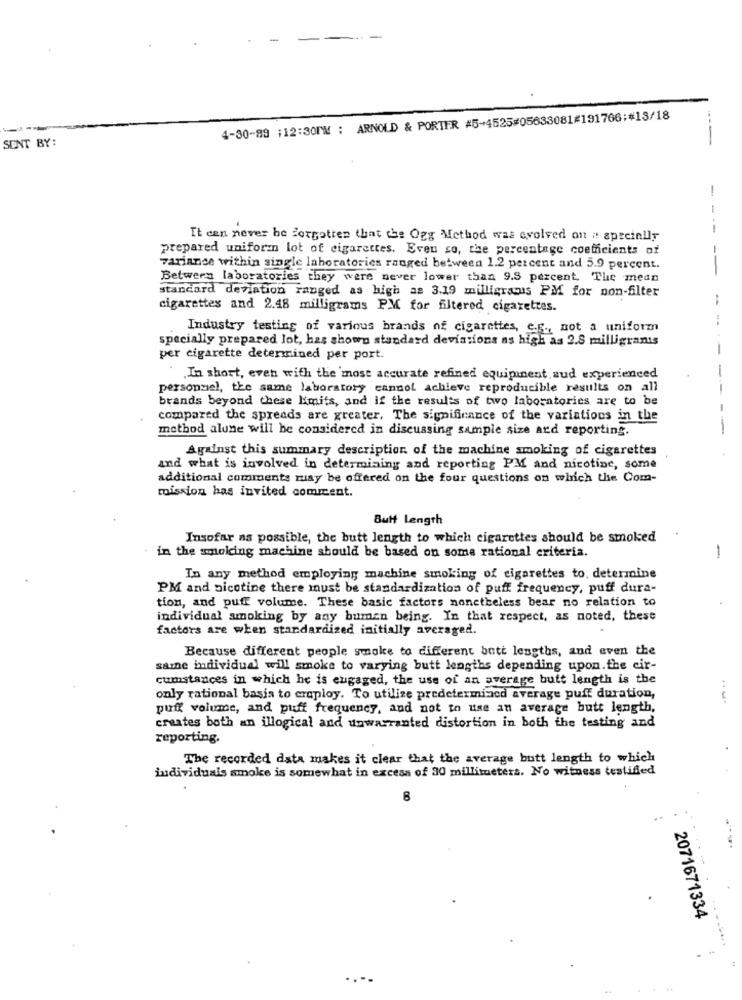
-
4-30-89 :12:30PM : ARNOLD & PORTER #5-4525#05633081#191766;#13/18
---
SENT BY:
--
It can never be forgotten that the Ogg Method was evolved on " specinily
prepared uniformn lot of cigarettes. Even so, the percentage coefficients of
-
variance within single laboratories ranged between 1.2 percent and 5.9 percent.
Between laboratories they were never lower than 9.8 percent. The mean
standard deviation ranged as high as 3.19 milligrams PM for non-filter
cigarettes and 2.48 milligrams PM for filtered cigarettes.
Industry testing of various brands of cigarettes, e.g ., not a uniform
specially prepared lot, has shown standard deviations as high as 2.8 milligrants
-
per cigarette determined per port.
-
.In short, even with the most accurate refined equipment sud experienced
personnel, the same laboratory cannot achieve reproducible results on all
-
brands beyond these limits, and if the results of two laboratories are to be
-
compared the spreads are greater, The significance of the variations in the
method alune will be considered in discussing sample size and reporting.
Against this summary description. of the machine smoking of cigarettes
and what is involved in determining and reporting PM and nicotine, some
additional comments muay be offered on the four questions on which the Com-
mission has invited comment.
Butt length
Insofar as possible, the butt length to which cigarettes should be smoked
-
in the smoicing machine should be based on some rational criteria.
In any method employing machine smoking of cigarettes to. determine
PM and nicotine there must be standardization of puff frequency, puff dura-
tion, and puff volume. These basic factors nonetheless bear no relation to
individual smoking by any bumen being. In that respect, as noted, these
factors are when standardized initially averaged.
Because different people smoke to different antt lengths, and even the
same individual will smoke to varying butt lengths depending upon.the cir-
cumstances in which he is engaged, the use of an average butt length is the
only rational basis to eraploy. To utilize predetermined average puff duration,
puff volume, and puff frequency, and not to use an average butt length,
creates both an illogical and unwarranted distortion in both the testing and
reporting.
The recorded data makes it clear that the average butt length to which
individuals smoke is somewhat in excess of 30 millimeters. No witness testified
2071671334
...